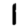
Digit: 1